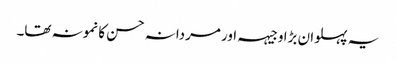
یہ پہلوان بڑا وجیہہ اور مردانہ حسن کا نمونہ تھا۔